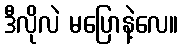
ဒီလိုလဲ မပြောနဲ့လေ။